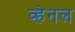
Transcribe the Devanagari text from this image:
व्हेनल